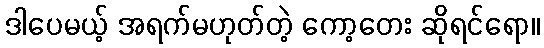
ဒါပေမယ့် အရက်မဟုတ်တဲ့ ကော့တေး ဆိုရင်ရော။